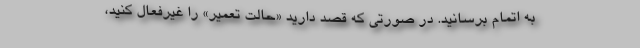
به اتمام برسانید. در صورتی که قصد دارید «حالت تعمیر» را غیرفعال کنید،